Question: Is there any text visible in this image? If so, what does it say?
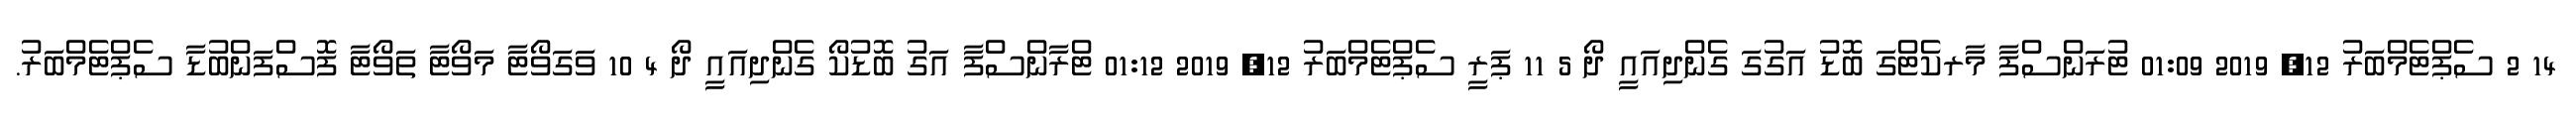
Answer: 14 2 ސެޕްޓެމްބަރު 12, 2019 01:09 ޓުރަންސްފާ މާރކެޓްގަ ބޮޑު އަގުގަ ގެންދިއައީ ދޯ 5 11 ޕަރީ ސެޕްޓެމްބަރު 12, 2019 01:12 ޓްރާންސްފާ އަގު ބޮޑުކޯ ގެންދިއައީ ދޯ 4 10 ވަގަވޯޓާ މަވޯޓާ ތަވޯޓާ ފޮސްފަންބުޑާ ސެޕްޓެމްބަރު.